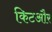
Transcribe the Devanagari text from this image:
किटऔर